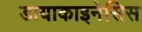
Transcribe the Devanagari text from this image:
डायाकाइनेसिस